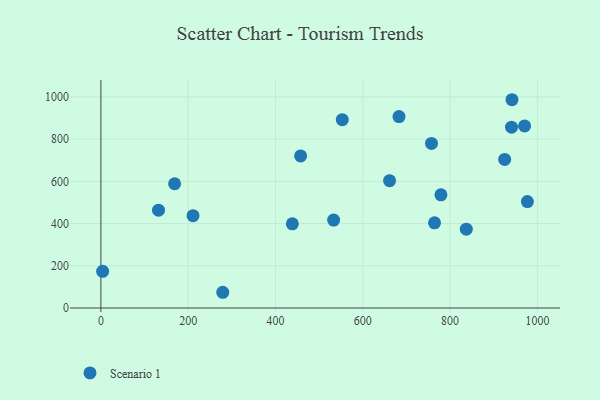
{"axis": {"x": "Speed", "y": "Profit"}, "legend": ["Scenario 1"], "data": [{"x": "457.6", "y": 720.3, "type": "Scenario 1"}, {"x": "925.0", "y": 703.8, "type": "Scenario 1"}, {"x": "168.9", "y": 588.6, "type": "Scenario 1"}, {"x": "533.2", "y": 416.5, "type": "Scenario 1"}, {"x": "4.0", "y": 173.8, "type": "Scenario 1"}, {"x": "279.2", "y": 74.6, "type": "Scenario 1"}, {"x": "661.3", "y": 603.3, "type": "Scenario 1"}, {"x": "757.4", "y": 779.7, "type": "Scenario 1"}, {"x": "837.1", "y": 373.7, "type": "Scenario 1"}, {"x": "940.7", "y": 856.8, "type": "Scenario 1"}, {"x": "211.1", "y": 437.6, "type": "Scenario 1"}, {"x": "553.0", "y": 892.3, "type": "Scenario 1"}, {"x": "682.9", "y": 907.0, "type": "Scenario 1"}, {"x": "977.0", "y": 504.2, "type": "Scenario 1"}, {"x": "941.7", "y": 986.7, "type": "Scenario 1"}, {"x": "764.3", "y": 403.8, "type": "Scenario 1"}, {"x": "779.0", "y": 536.2, "type": "Scenario 1"}, {"x": "438.6", "y": 398.8, "type": "Scenario 1"}, {"x": "970.6", "y": 862.7, "type": "Scenario 1"}, {"x": "132.0", "y": 463.5, "type": "Scenario 1"}]}